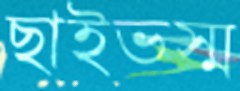
ছাইভস্ম